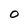
Character: 0